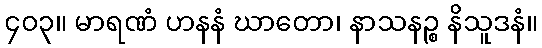
၄၀၃။ မာရဏံ ဟနနံ ဃာတော၊ နာသနဉ္စ နိသူဒနံ။